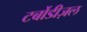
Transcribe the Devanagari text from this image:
टर्बोडीज़ल